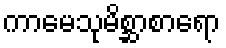
ကာမေသုမိစ္ဆာစာရော